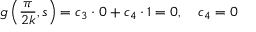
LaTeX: g \left( { \frac { \pi } { 2 k } } , s \right) = c _ { 3 } \cdot 0 + c _ { 4 } \cdot 1 = 0 , \quad c _ { 4 } = 0